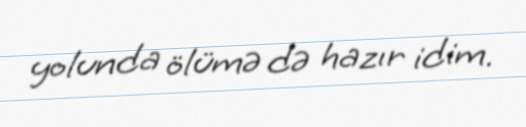
yolunda ölümə də hazır idim.